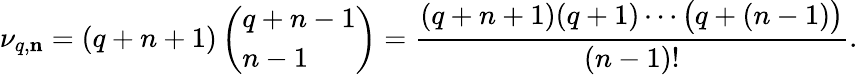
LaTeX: \nu_{q,{\mathbf n}}=(q+n+1)\left(\begin{array}{l}{{q+n-1}}\\ {{n-1}}\end{array}\right)={\frac{(q+n+1)(q+1)\cdots\bigl(q+(n-1)\bigr)}{(n-1)!}}.